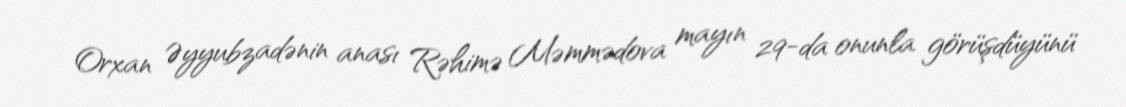
Orxan Əyyubzadənin anası Rəhimə Məmmədova mayın 29-da onunla görüşdüyünü